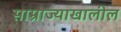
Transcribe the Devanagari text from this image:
साम्राज्याखालील